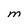
Character: M